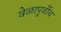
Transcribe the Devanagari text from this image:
वेळापूर्वीच